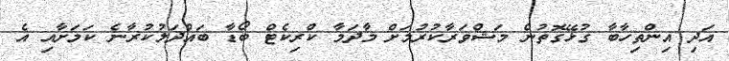
އަދި އިންތިހާބާ ގުޅޭގޮތުން މަޝްވަރާކުރުމަށް މާދަމާ ކްރިކެޓް ބޯޑާ ބައްދަލުކުރާނެ ކަމަށާއި އެ